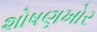
શોષણખોર